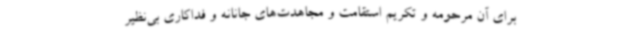
برای آن مرحومه و تکریم استقامت و مجاهدت‌های جانانه و فداکاری بی‌نظیر